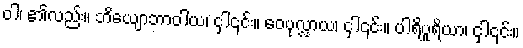
ဝါ၊ ၏လည်း။ ဘိယျောဘာဝါယ၊ ငှါ၎င်း။ ဝေပုလ္လာယ၊ ငှါ၎င်း။ ပါရိပူရိယာ၊ ငှါ၎င်း။